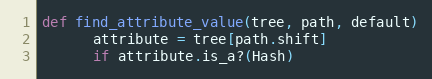
Language: Ruby
def find_attribute_value(tree, path, default)
      attribute = tree[path.shift]
      if attribute.is_a?(Hash)